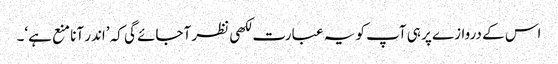
اس کے دروازے پر ہی آپ کو یہ عبارت لکھی نظر آجائے گی کہ ’اندر آنا منع ہے‘۔